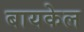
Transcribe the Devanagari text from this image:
बायकेल